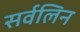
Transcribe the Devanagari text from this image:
सर्वलिन